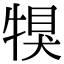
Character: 犑